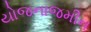
યોજનાજમીન